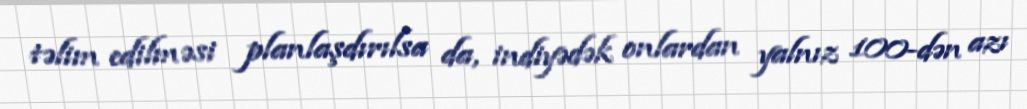
təlim edilməsi planlaşdırılsa da, indiyədək onlardan yalnız 100-dən azı